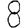
Digit: 8